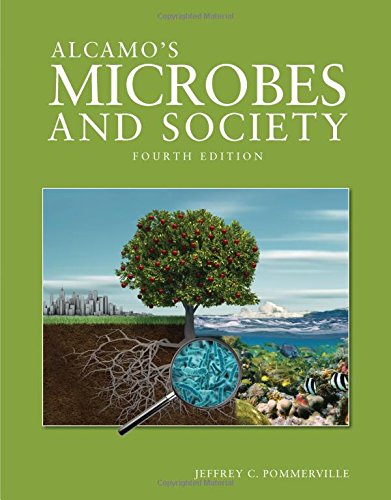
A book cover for Alcamo's Microbes And Society (Jones & Bartlett Learning Topics in Biology); Jeffrey C. Pommerville; Medical Books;